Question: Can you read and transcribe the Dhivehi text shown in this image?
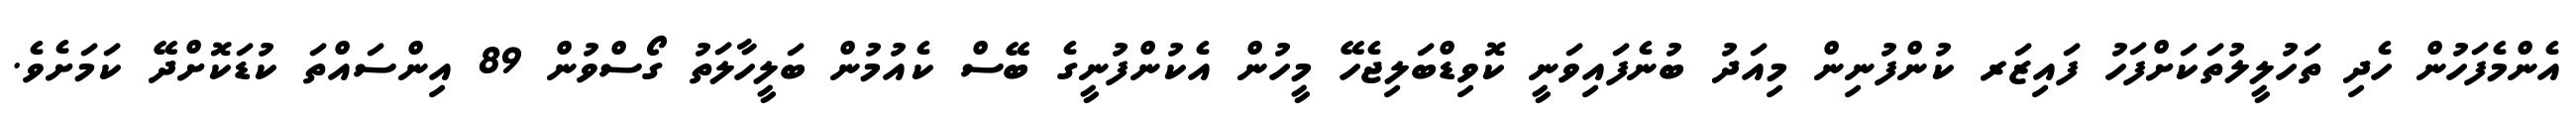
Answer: އެންމެފަހުން ހެދި ތަހުލީލުތަކަށްފަހު ފައިޒަރ ކުންފުނިން މިއަދު ބުނެފައިވަނީ ކޮވިޑްބަލިޖެހޭ މީހުން އެކުންފުނީގެ ބޭސް ކެއުމުން ބަލީހާލަތު ގޯސްވުން 89 އިންސައްތަ ކުޑަކޮށްދޭ ކަމަށެވެ.